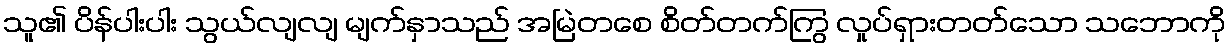
သူ၏ ပိန်ပါးပါး သွယ်လျလျ မျက်နှာသည် အမြဲတစေ စိတ်တက်ကြွ လှုပ်ရှားတတ်သော သဘောကို